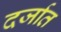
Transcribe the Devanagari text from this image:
दर्जात